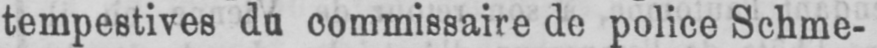
tempestives du commissaire de police Schme-